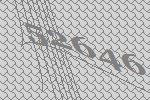
52646